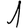
Digit: 1